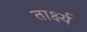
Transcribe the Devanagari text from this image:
तार्क्ष्य